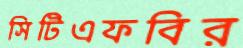
সিটিএফবির